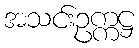
အသင်းဥက္ကဋ္ဌ